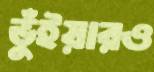
ভুঁইয়ারও